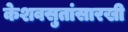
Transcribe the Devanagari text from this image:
केशवसुतांसारखी